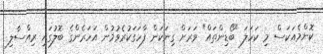
ކޮންމެއަކަސް މި ކަހަލަ "ބޯޑިންތައް" ވަރަށް ގިނަކަން ފާހަގަކުރެވުމުން އަހަރެންގެ ބޮލުގައި ރިއްސާލި